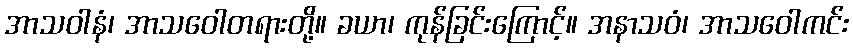
အာသဝါနံ၊ အာသဝေါတရားတို့။ ခယာ၊ ကုန်ခြင်းကြောင့်။ အနာသဝံ၊ အာသဝေါကင်း